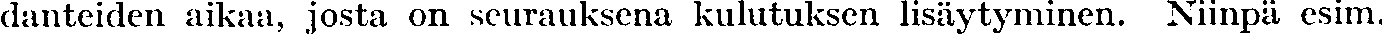
danteiden aikaa, josta on seurauksena kulutuksen lisäytyminen. Niinpä esim.